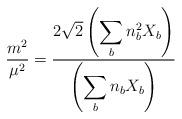
LaTeX: \begin{align*}\frac{m^2}{\mu^2}=\frac{2\sqrt{2}\left(\displaystyle\sum_bn_b^2X_b\right)}{\left(\displaystyle\sum_bn_bX_b\right)}\end{align*}